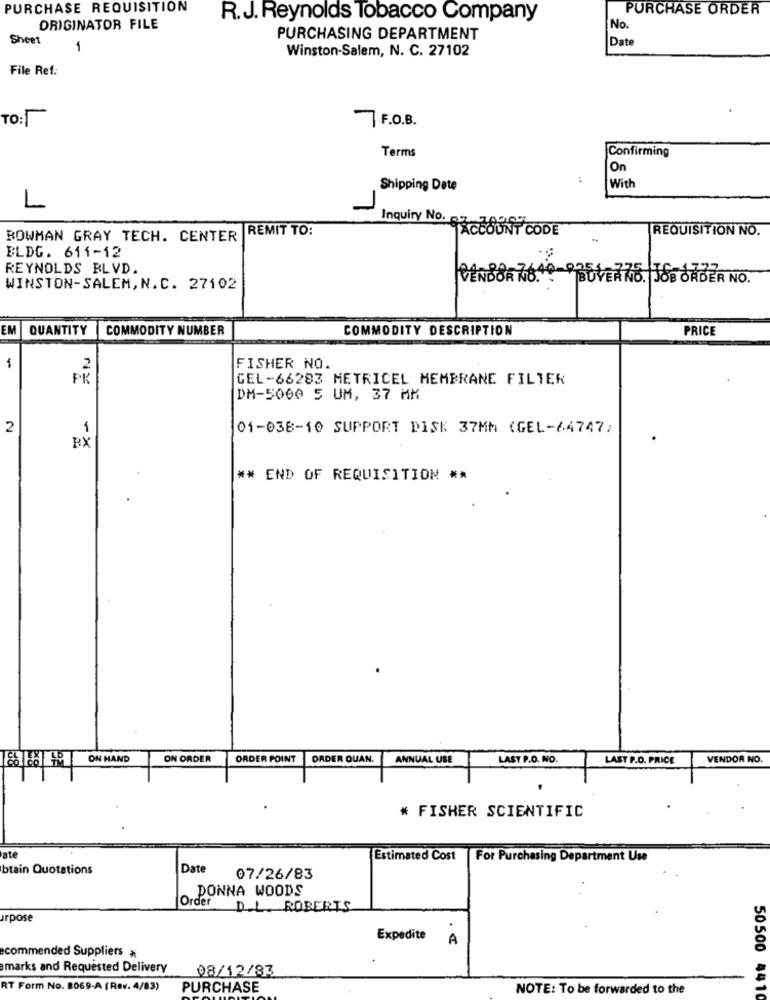
PURCHASE REQUISITION
PURCHASE ORDER
R.J. Reynolds Tobacco Company
ORIGINATOR FILE
No.
Sheet
PURCHASING DEPARTMENT
Date
1
Winston-Salem, N. C. 27102
File Ref:
TO:
7 F.O.B.
Terms
Confirming
On
Shipping Date
With
L
REMIT TO:
- Inquiry
-ACCOUNT CODE
REQUISITION NO.
BOWMAN GRAY TECH. CENTER
BLDG. 611-12
REYNOLDS BLVD.
PENBOR KO.
BUVER KO. JOB ORDER NO.
WINSTON-SALEM, N.C. 27102
EM
QUANTITY
COMMODITY NUMBER
COMMODITY DESCRIPTION
PRICE
EN
1
FISHER NO.
GEL-66283 METRICEL MEMBRANE FILTER
DM-5000 5 UM, 37 MM
2
1
01-038-10 SUPPORT DISK 37MM (GEL-64747)
RX
** END OF REQUISITION **
ON HAND
ON ORDER
ORDER POINT
ORDER QUAN.
ANNUAL USE
LAST P.O. NO.
LAST P.O. PRICE
VENDOR NO.
* FISHER SCIENTIFIC
ate
Estimated Cost For Purchasing Department Use
btain Quotations
Date
07/26/83
PONNA WOODS
Order D.L. ROBERTS
arpose
Expedite
A
ecommended Suppliers *
emarks and Requested Delivery
08/12/83
RT Form No. 8069-A (Rev. 4/83)
PURCHASE
NOTE: To be forwarded to the
50500 4410